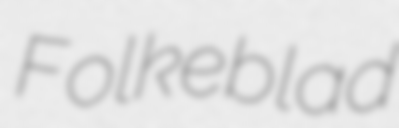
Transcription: Folkeblad